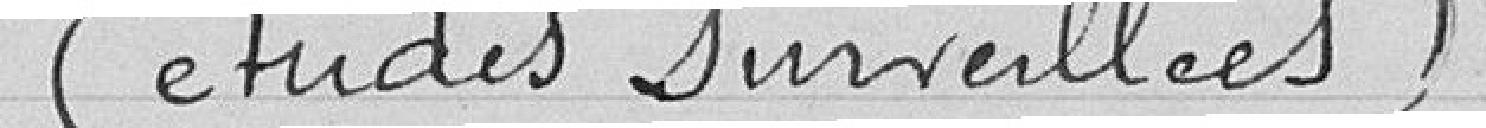
(études surveillées).